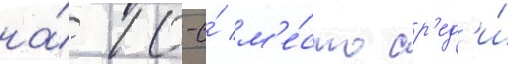
на́ 10-е́ м'е́сто ср'ед'и́